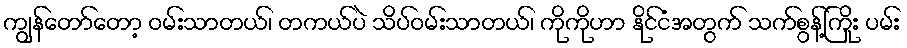
ကျွန်တော်တော့ ဝမ်းသာတယ်၊ တကယ်ပဲ သိပ်ဝမ်းသာတယ်၊ ကိုကိုဟာ နိုင်ငံအတွက် သက်စွန့်ကြိုး ပမ်း